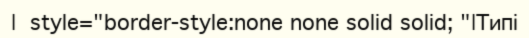
|  style="border-style:none none solid solid; "|Типі